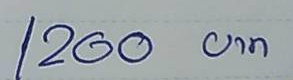
1200 บาท